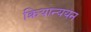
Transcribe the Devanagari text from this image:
क्रियान्ययन